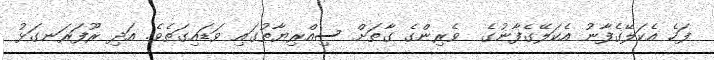
ފަހެ އެކަލޭގެފާނު އެކަލޭގެފާނުގެ  ވެރިންގެ ގާތަށް ސިއްރިޔާތުގައި ވަޑައިގަތެވެ. އަދި ރޫފަރަނގަޅު